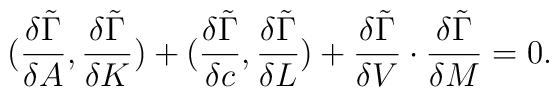
({{\delta \tilde \Gamma} \over {\delta A}},{{\delta \tilde \Gamma} \over {\delta K}} )+({{\delta \tilde \Gamma} \over {\delta c}},{{\delta \tilde \Gamma} \over {\delta L}} )+{{\delta \tilde \Gamma} \over {\delta V}}\cdot{{\delta \tilde \Gamma} \over {\delta M}} =0.